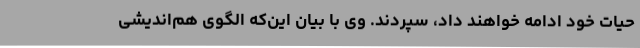
حیات خود ادامه خواهند داد، سپردند. وی با بیان این‌که الگوی هم‌اندیشی